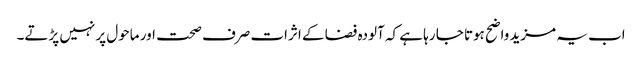
اب یہ مزید واضح ہوتا جا رہا ہے کہ آلودہ فضا کے اثرات صرف صحت اور ماحول پر نہیں پڑتے۔